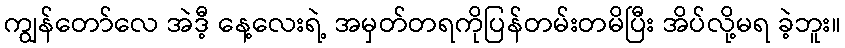
ကျွန်တော်လေ အဲဒီ့ နေ့လေးရဲ့ အမှတ်တရကိုပြန်တမ်းတမိပြီး အိပ်လို့မရ ခဲ့ဘူး။